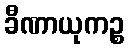
ခီဏာယုကဉ္စ